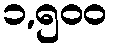
၁,၅၀၀